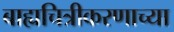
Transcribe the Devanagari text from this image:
बाह्यचित्रीकरणाच्या